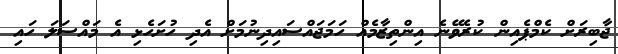
ޖާބިރަށް ކެމްޕެއިން ކުރެވޭނެ އިންތިޒާމެއް ހަމަޖައްސައިދިނުމަށް އެދި ހުށަހެޅި އެ މައްސަލަ ހައި